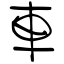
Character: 車